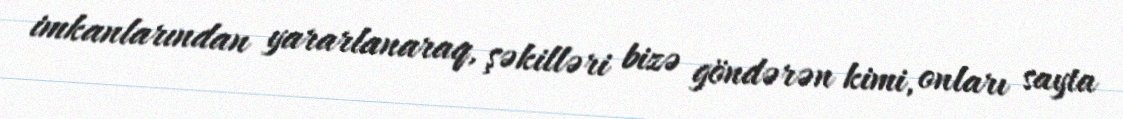
imkanlarından yararlanaraq, şəkilləri bizə göndərən kimi, onları sayta